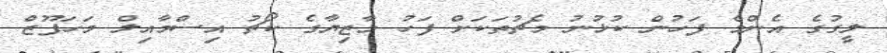
ލީގުގެ އެންމެ ފަހުން ކުޅުނު މެޗުތަކަށް ފަހު މާޒިޔާގެ ކޯޗު އިސްމާއިލް މަހަފޫޒް